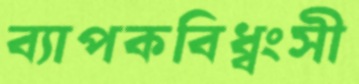
ব্যাপকবিধ্বংসী